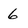
Character: 6